NAE_ERA_R-2324_Eesti_Vabariigi_Pohiseaduslik_Assamblee, lk 159
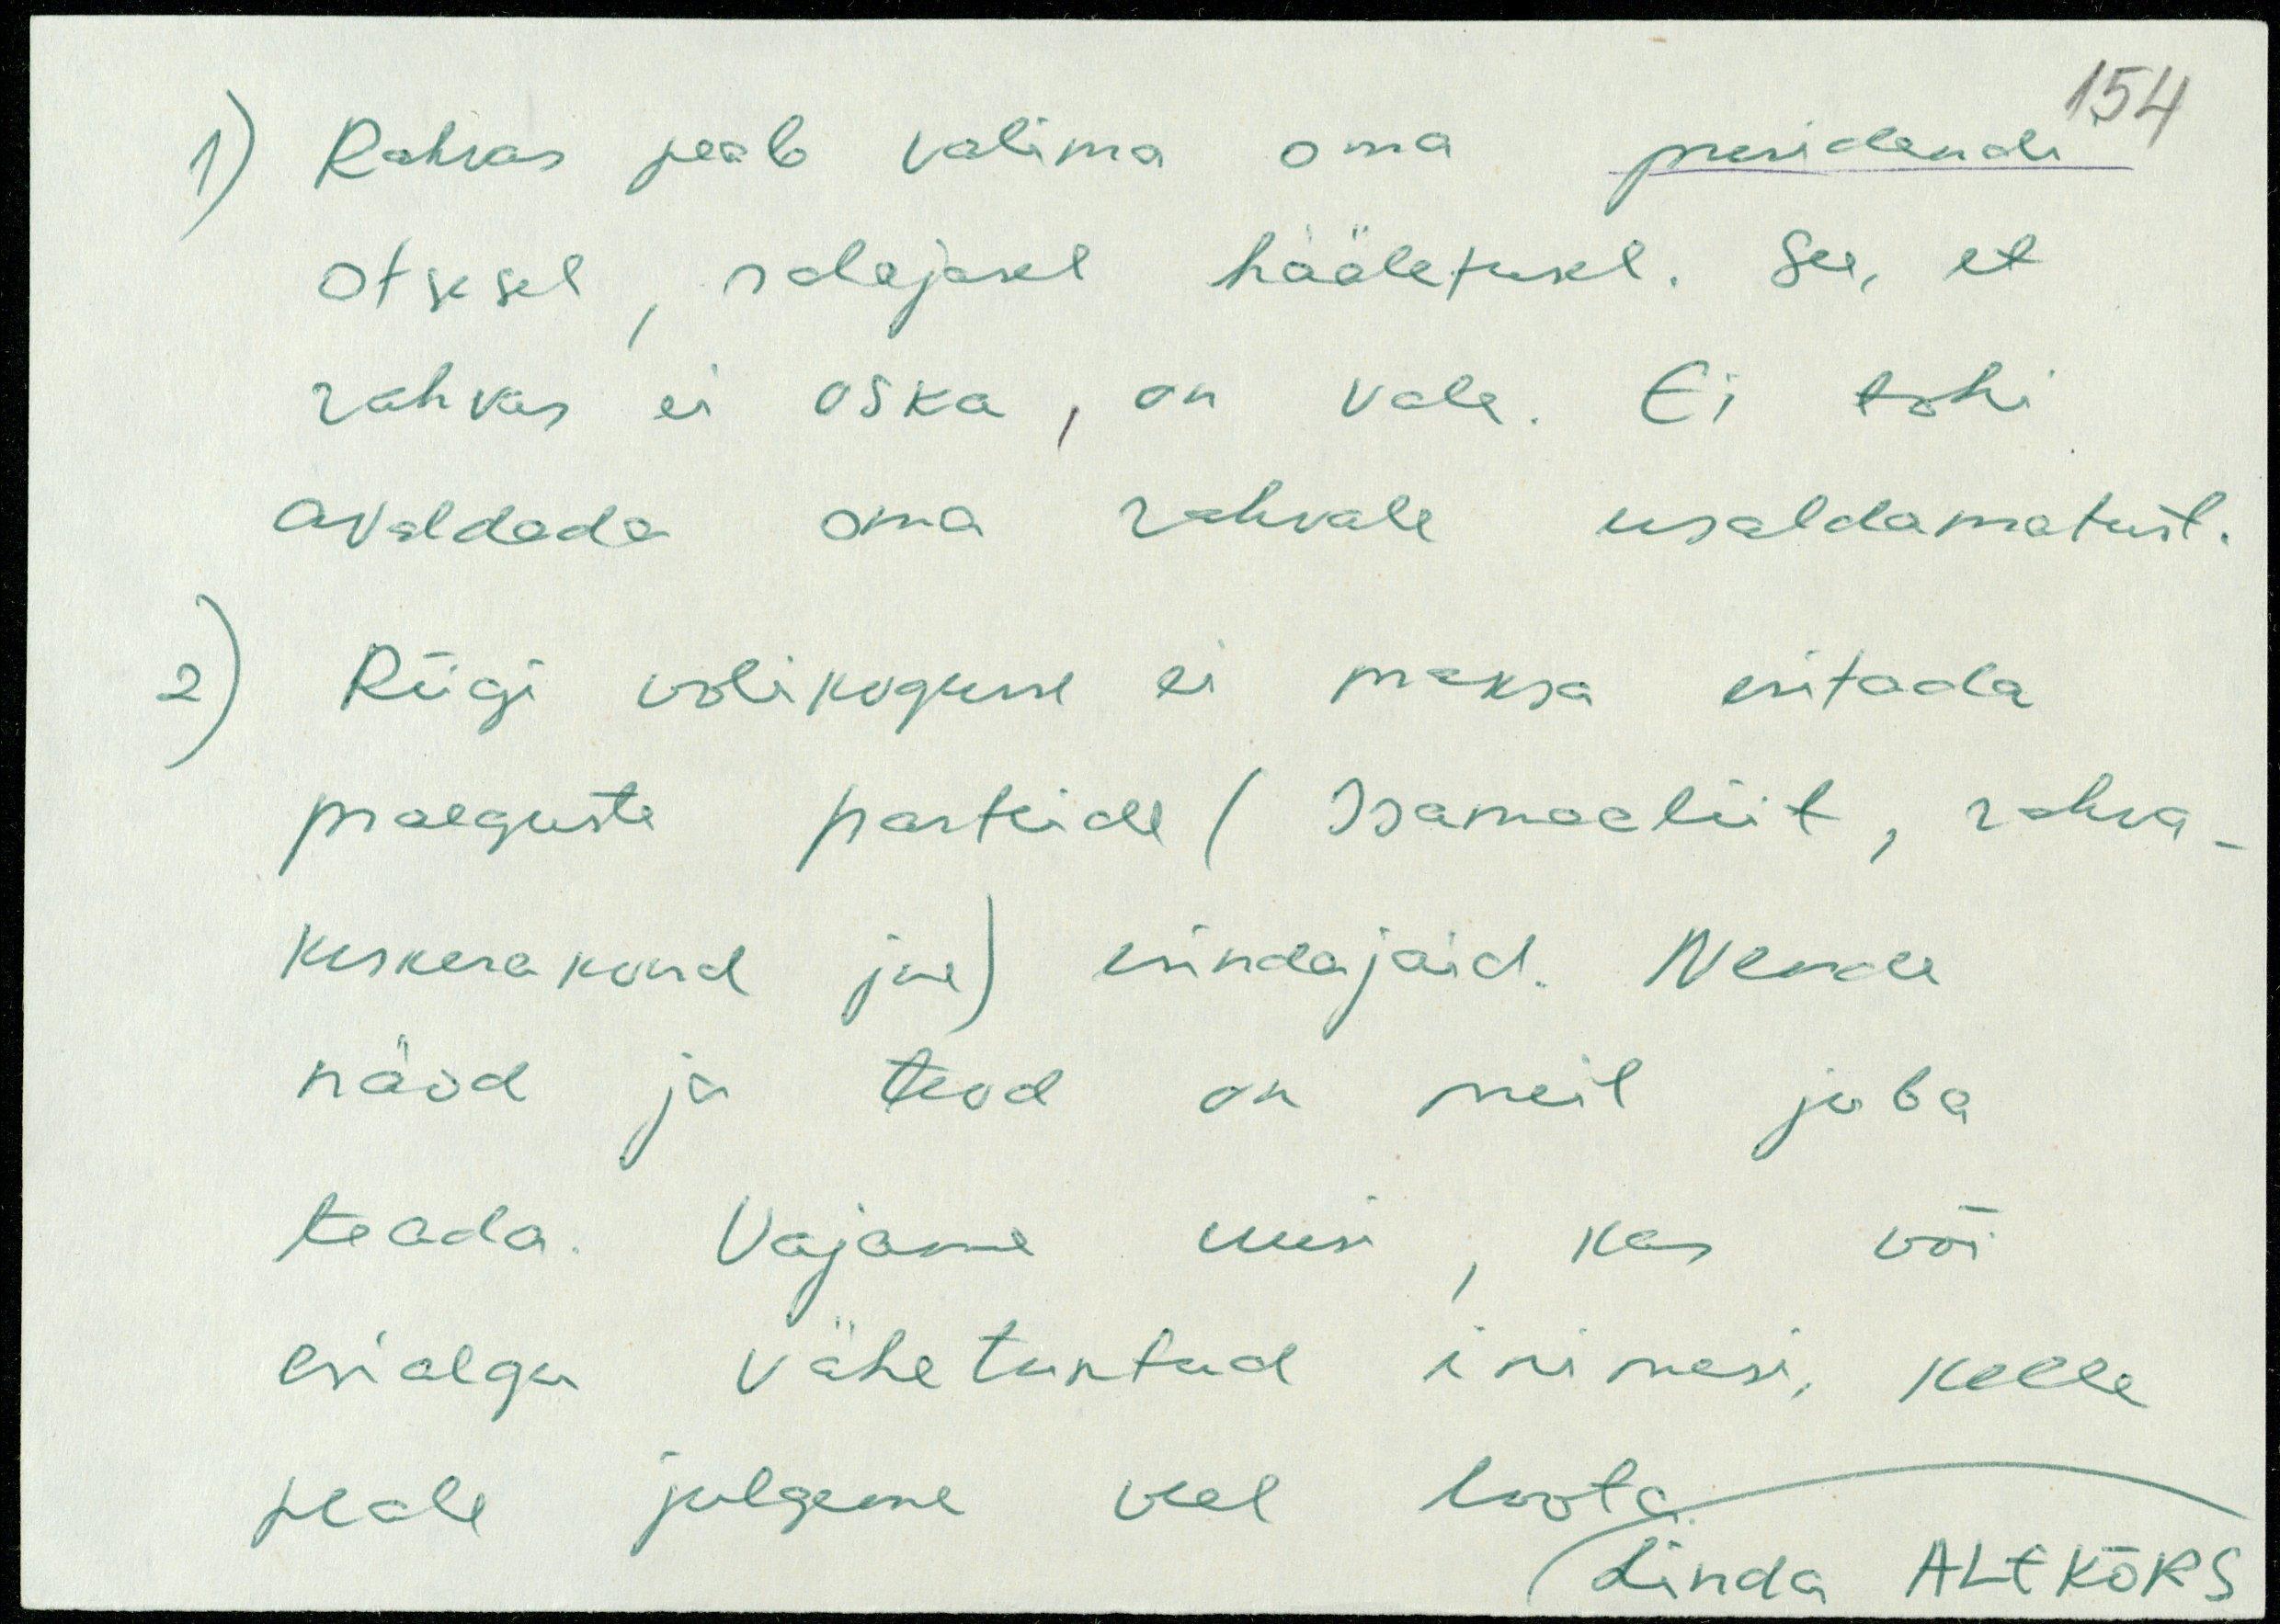
1) Rahvas peab valima oma presidendi
otsesel, salajasel hääletusel. See, et
rahvas ei oska, on vale. Ei tohi
avaldada oma rahvale usaldamatust
Riigi volikogusse ei maksa esitada
praeguste parteide (Isamaaliit, rahva-
keskerakond jne) esindajaid. Nende
näod ja teod on meil juba
teada. Vajame uusi, kas või
esialgu vähetuntud inimesi, kelle
peale julgeme veel loota.
Linda ALEKÕRS